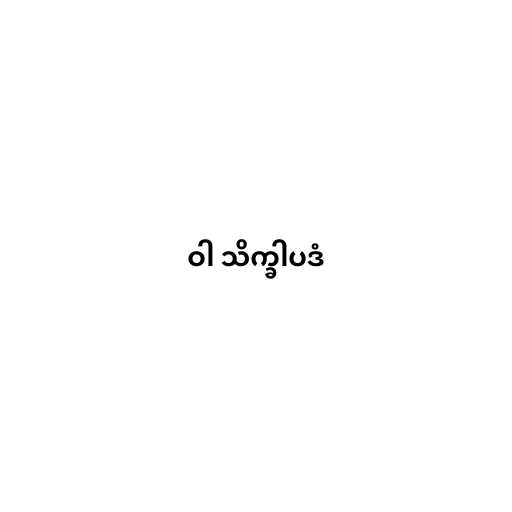
ဝါ သိက္ခါပဒံ